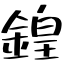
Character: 鍠